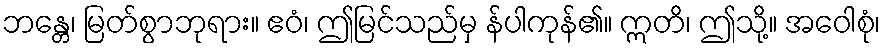
ဘန္တေ၊ မြတ်စွာဘုရား။ ဧဝံ၊ ဤမြင်သည်မှ န်ပါကုန်၏။ ဣတိ၊ ဤသို့။ အဝေါစုံ၊